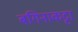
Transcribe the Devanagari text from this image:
बगिनाकट्टा